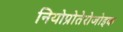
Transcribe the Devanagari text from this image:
नियोप्रोतेरोजोइक